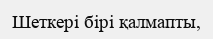
Шеткері бірі қалмапты,